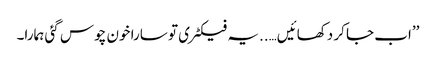
’’اب جا کر دکھائیں…..یہ فیکٹری تو سارا خون چوس گئی ہمارا۔